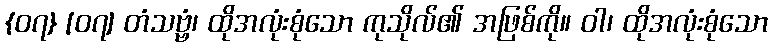
{၀၇} [၀၇] တံသဗ္ဗံ၊ ထိုအလုံးစုံသော ကုသိုလ်၏ အဖြစ်ကို။ ဝါ၊ ထိုအလုံးစုံသော